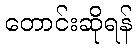
တောင်းဆိုရန်